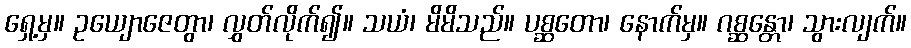
ရှေ့မှ။ ဥယျောဇေတွာ၊ လွှတ်လိုက်၍။ သယံ၊ မိမိသည်။ ပစ္ဆတော၊ နောက်မှ။ ဂစ္ဆန္တော၊ သွားလျက်။